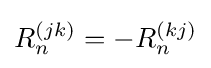
R_{n}^{(jk)}=-R_{n}^{(kj)}